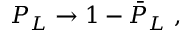
P _ { L } \rightarrow 1 - { \bar { P } } _ { L } ~ ,